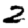
Digit: 2